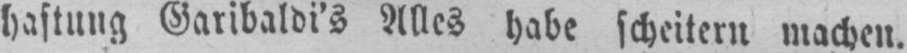
haftung Garibaldi’s Alles habe scheitern machen.